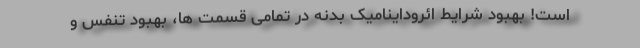
است! بهبود شرایط ائروداینامیک بدنه در تمامی قسمت ها، بهبود تنفس و